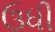
ઉધી